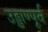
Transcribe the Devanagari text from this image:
उड्डाण्पूर्व